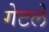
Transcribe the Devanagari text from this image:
गेटले